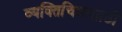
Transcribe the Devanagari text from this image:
व्यक्तिचित्रासाठी